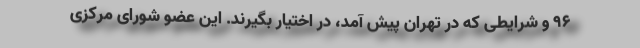
96 و شرایطی که در تهران پیش آمد، در اختیار بگیرند. این عضو شورای مرکزی